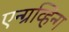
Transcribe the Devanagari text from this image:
एन्ग्रव्हिन्ग